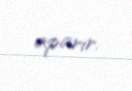
aparır.